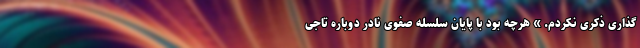
‌گذاری ذکری نکردم. » هرچه بود با پایان سلسله صفوی نادر دوباره تاجی